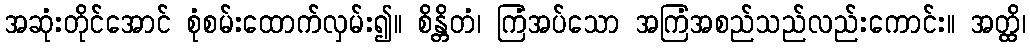
အဆုံးတိုင်အောင် စုံစမ်းထောက်လှမ်း၍။ စိန္တိတံ၊ ကြံအပ်သော အကြံအစည်သည်လည်းကောင်း။ အတ္ထိ၊